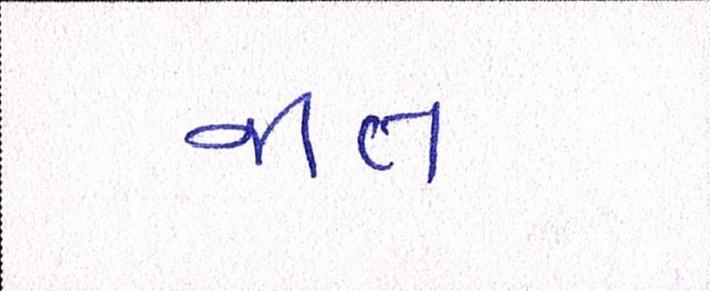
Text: જાત